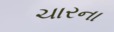
ચારના